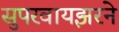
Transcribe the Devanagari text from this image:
सुपरवायझरने